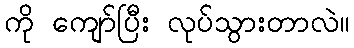
ကို ကျော်ပြီး လုပ်သွားတာလဲ။